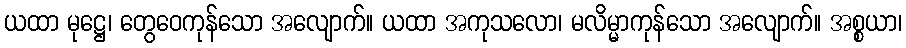
ယထာ မုဋ္ဌေ၊ တွေဝေကုန်သော အလျောက်။ ယထာ အကုသလော၊ မလိမ္မာကုန်သော အလျောက်။ အစ္စယာ၊